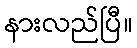
နားလည်ပြီ။